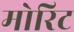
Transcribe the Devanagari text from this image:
मोरिट